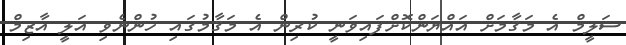
ސަލީމް އެ މަޤާމަށް އައްޔަންކޮށްފައިވަނީ ކުރިން އެ މަޤާމުގައި ހުންނެވި އަލީ އާޒިމް